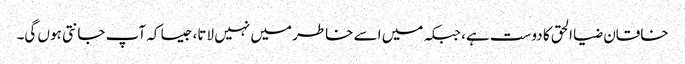
خاقان ضیا الحق کا دوست ہے، جبکہ میں اسے خاطر میں نہیں لاتا، جیسا کہ آپ جانتی ہوں گی۔